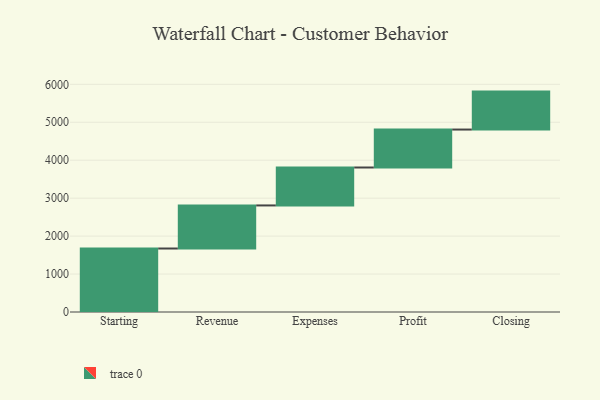
{"axis": {"x": "Step", "y": "Value"}, "legend": [""], "data": [{"x": "Starting", "y": 1673.0, "type": ""}, {"x": "Revenue", "y": 1135.0, "type": ""}, {"x": "Expenses", "y": 1000, "type": ""}, {"x": "Profit", "y": 1000, "type": ""}, {"x": "Closing", "y": 1000, "type": ""}]}